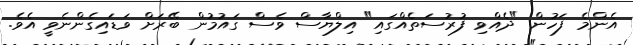
އެންމެ ފަހުން "ދެއްވި ފުރުސަތެއްގައި" އިލްޔާސް ވެސް ގައުމުން ބޭރަށް ވަޑައިގެންނެވީ އެވެ.